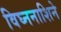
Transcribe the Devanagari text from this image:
विघ्ननाशिने